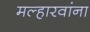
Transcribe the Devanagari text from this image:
मल्हारवांना